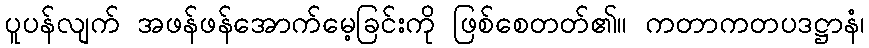
ပူပန်လျက် အဖန်ဖန်အောက်မေ့ခြင်းကို ဖြစ်စေတတ်၏။ ကတာကတပဒဋ္ဌာနံ၊